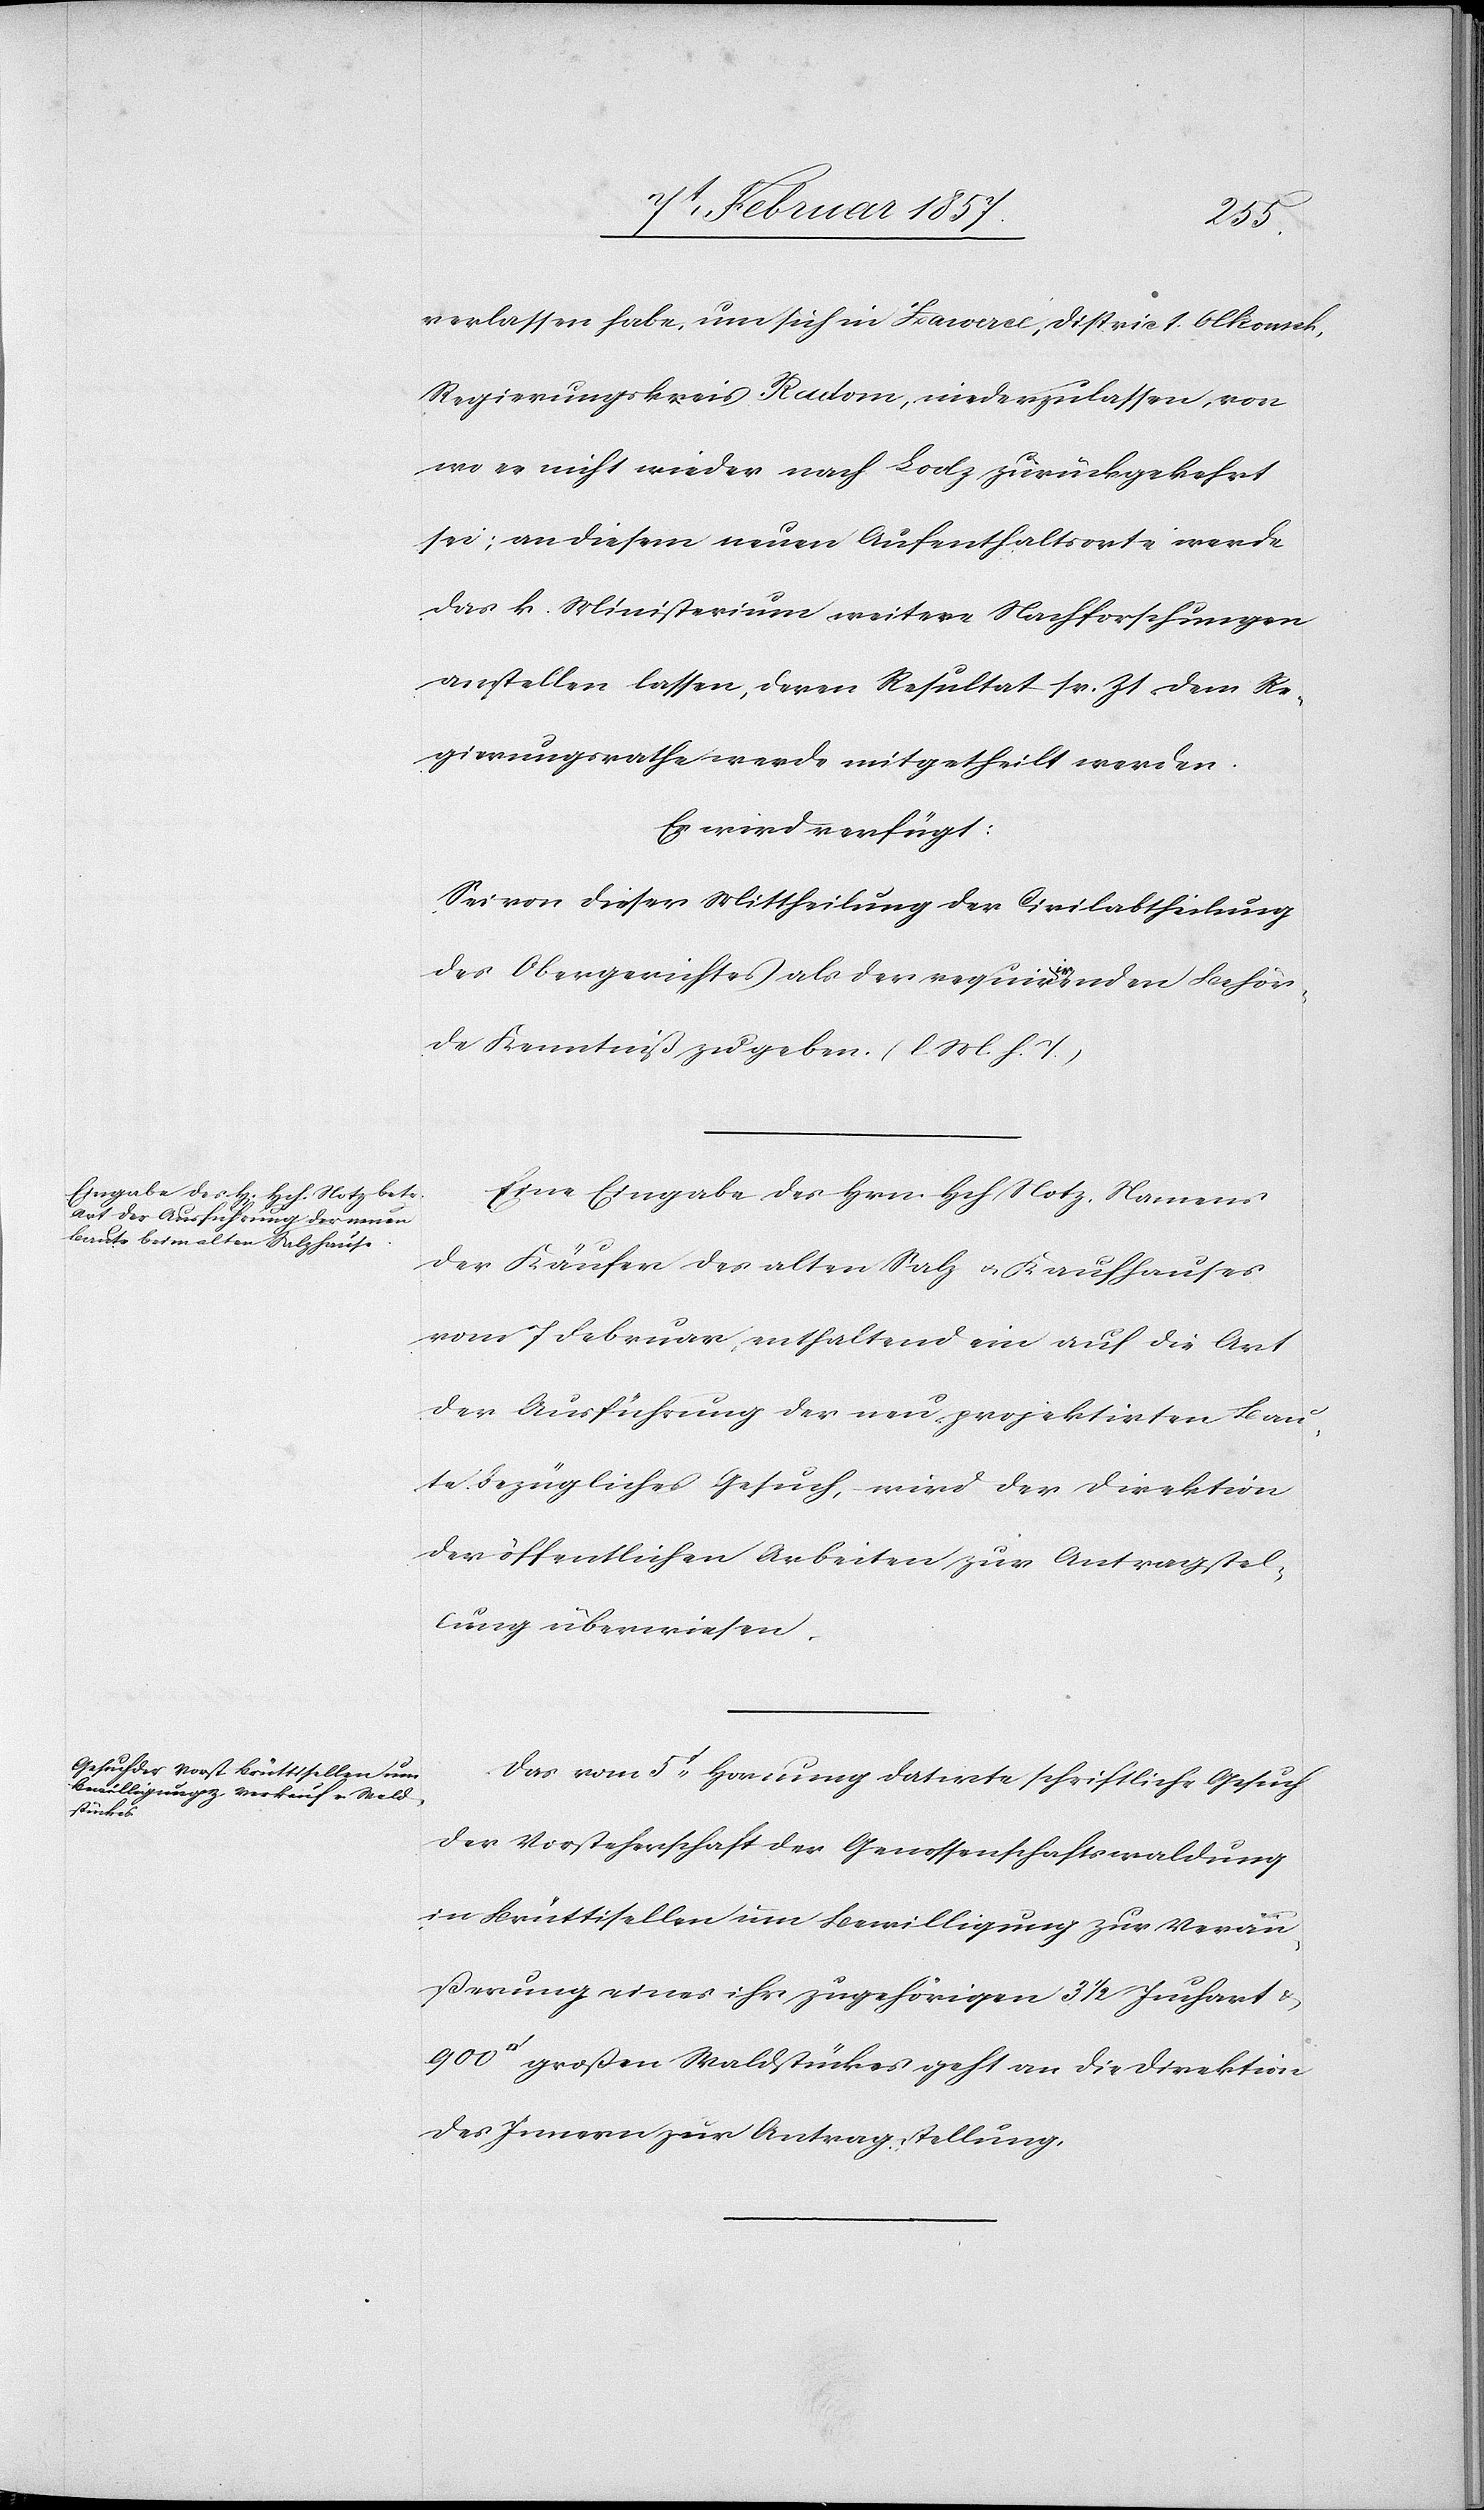
Actum den

9t Februar 1857.]
verlassen habe, um sich in Zawercé, District Olkomck,
Regierungskreis Radon, niederzulassen, von
wo es nicht wieder nach Lodz zurückgekehrt
sei; an diesem neuen Aufenthaltsorte werde
das k. Ministerium weitere Nachforschungen
anstellen lassen, deren Resultat sr. Zt dem Re¬
gierungsrathe werde mitgetheilt werden.
Es wird verfügt:
Sei von dieser Mittheilung der Civilabtheilung
des Obergerichtes als der requirirenden Behör¬
de Kenntniß zu geben. (l. M. h. T.)
Eine Eingabe des Hrn. Hch Notz, Namens
der Käufer des alten Salz[-] u. Kaufhauses
vom 7 Februar, enthaltend ein auf die Art
der Ausführung der neu projektirten Bau¬
te bezügliches Gesuch, wird der Direktion
der öffentlichen Arbeiten zur Antragstel¬
lung überwiesen.
Das vom 5t Hornung datirte schriftliche Gesuch
der Vorsteherschaft der Genossenschaftswaldung
in Brüttisellen um Bewilligung zur Veräu¬
ßerung eines ihr zugehörigen 3 1/2 Juchart u.
großen Waldstückes geht an die Direktion
des Innern zur Antragstellung.